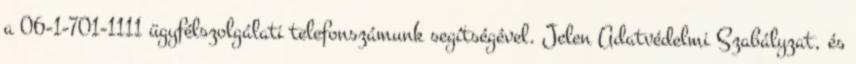
a 06-1-701-1111 ügyfélszolgálati telefonszámunk segítségével. Jelen Adatvédelmi Szabályzat, és